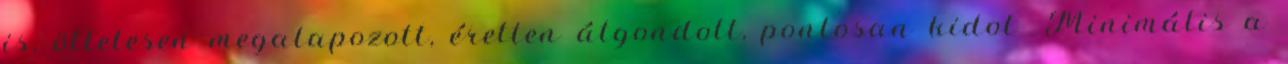
is, ötletesen megalapozott, éretten átgondolt, pontosan kidol- Minimális a